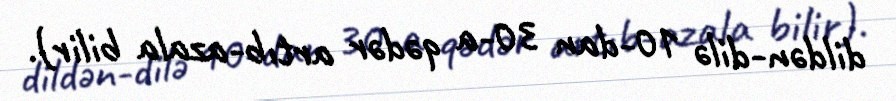
dildən-dilə 10-dan 30-a qədər artıb-azala bilir).